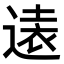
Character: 𫟨